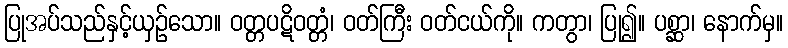
ပြုအပ်သည်နှင့်ယှဉ်သော။ ဝတ္တပဋိဝတ္တံ၊ ဝတ်ကြီး ဝတ်ငယ်ကို။ ကတွာ၊ ပြု၍။ ပစ္ဆာ၊ နောက်မှ။